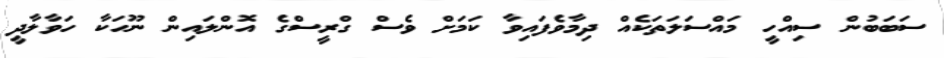
ސަބަބުން ސިއްހީ މައްސަލަތަކެއް ދިމާވެފައިވާ ކަމަށް ވެސް ގްރީސްގެ އޮންލައިން ނޫހަކާ ހަވާލާދީ